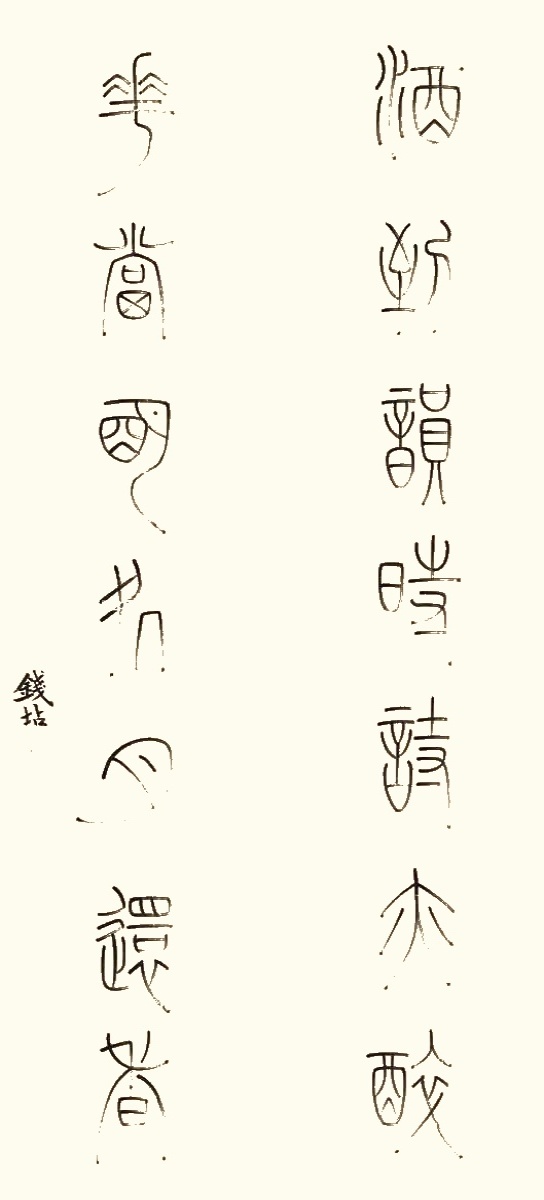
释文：酒到韵时诗亦醉，花当明处月还香。钱坫。